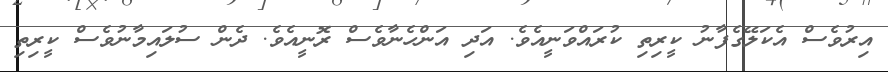
އިރުވެސް އެކަލޭގެފާނު ކީރިތި ކުރައްވަނީއެވެ. އަދި އަންހެނާވެސް ރޮނީއެވެ. ދެން ސުލައިމާނުވެސް ކީރިތި